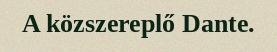
A közszereplő Dante.